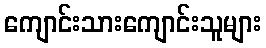
ကျောင်းသားကျောင်းသူများ